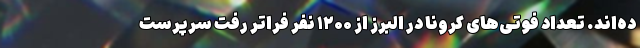
ده‌اند. تعداد فوتی‌های کرونا در البرز از ۱۲۰۰ نفر فراتر رفت سرپرست